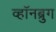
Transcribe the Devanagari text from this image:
व्हॉनब्रुग